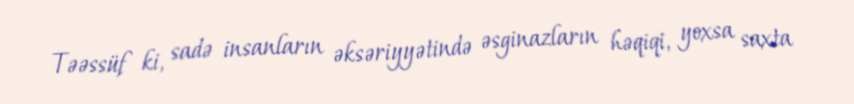
Təəssüf ki, sadə insanların əksəriyyətində əsginazların həqiqi, yoxsa saxta